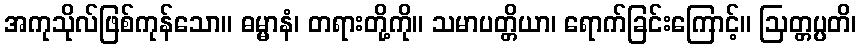
အကုသိုလ်ဖြစ်ကုန်သော။ ဓမ္မာနံ၊ တရားတို့ကို။ သမာပတ္တိယာ၊ ရောက်ခြင်းကြောင့်။ ဩတ္တပ္ပတိ၊